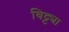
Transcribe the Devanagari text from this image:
बिट्ट्या